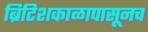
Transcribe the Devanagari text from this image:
ब्रिटिशकाळापासूनच